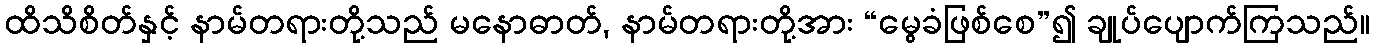
ထိသိစိတ်နှင့် နာမ်တရားတို့သည် မနောဓာတ်, နာမ်တရားတို့အား “မွေခံဖြစ်စေ”၍ ချုပ်ပျောက်ကြသည်။